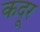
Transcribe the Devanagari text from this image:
कदूर